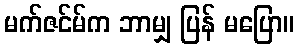
မက်ဇင်မ်က ဘာမျှ ပြန် မပြော။